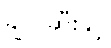
ချဲလ်ဆီးနှင့်